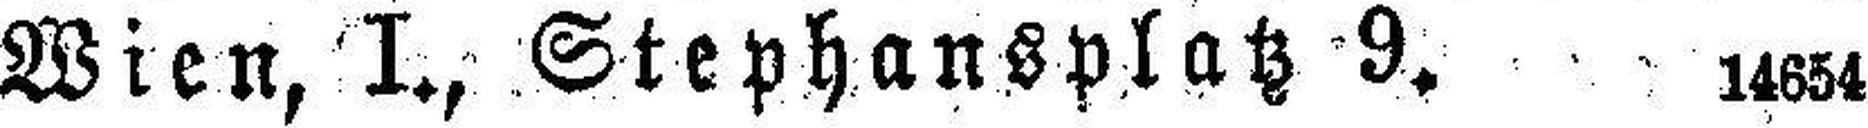
Wien, I., Stephansplatz 9. 14654